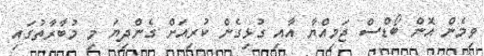
ވިމެން އޮން ބޯޑްސް ޖަމިއްޔާ އާއި ގުޅިގެން ކުރިއަށް ގެންދިޔަ މި މުބާރާތުގައި